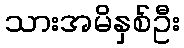
သားအမိနှစ်ဦး